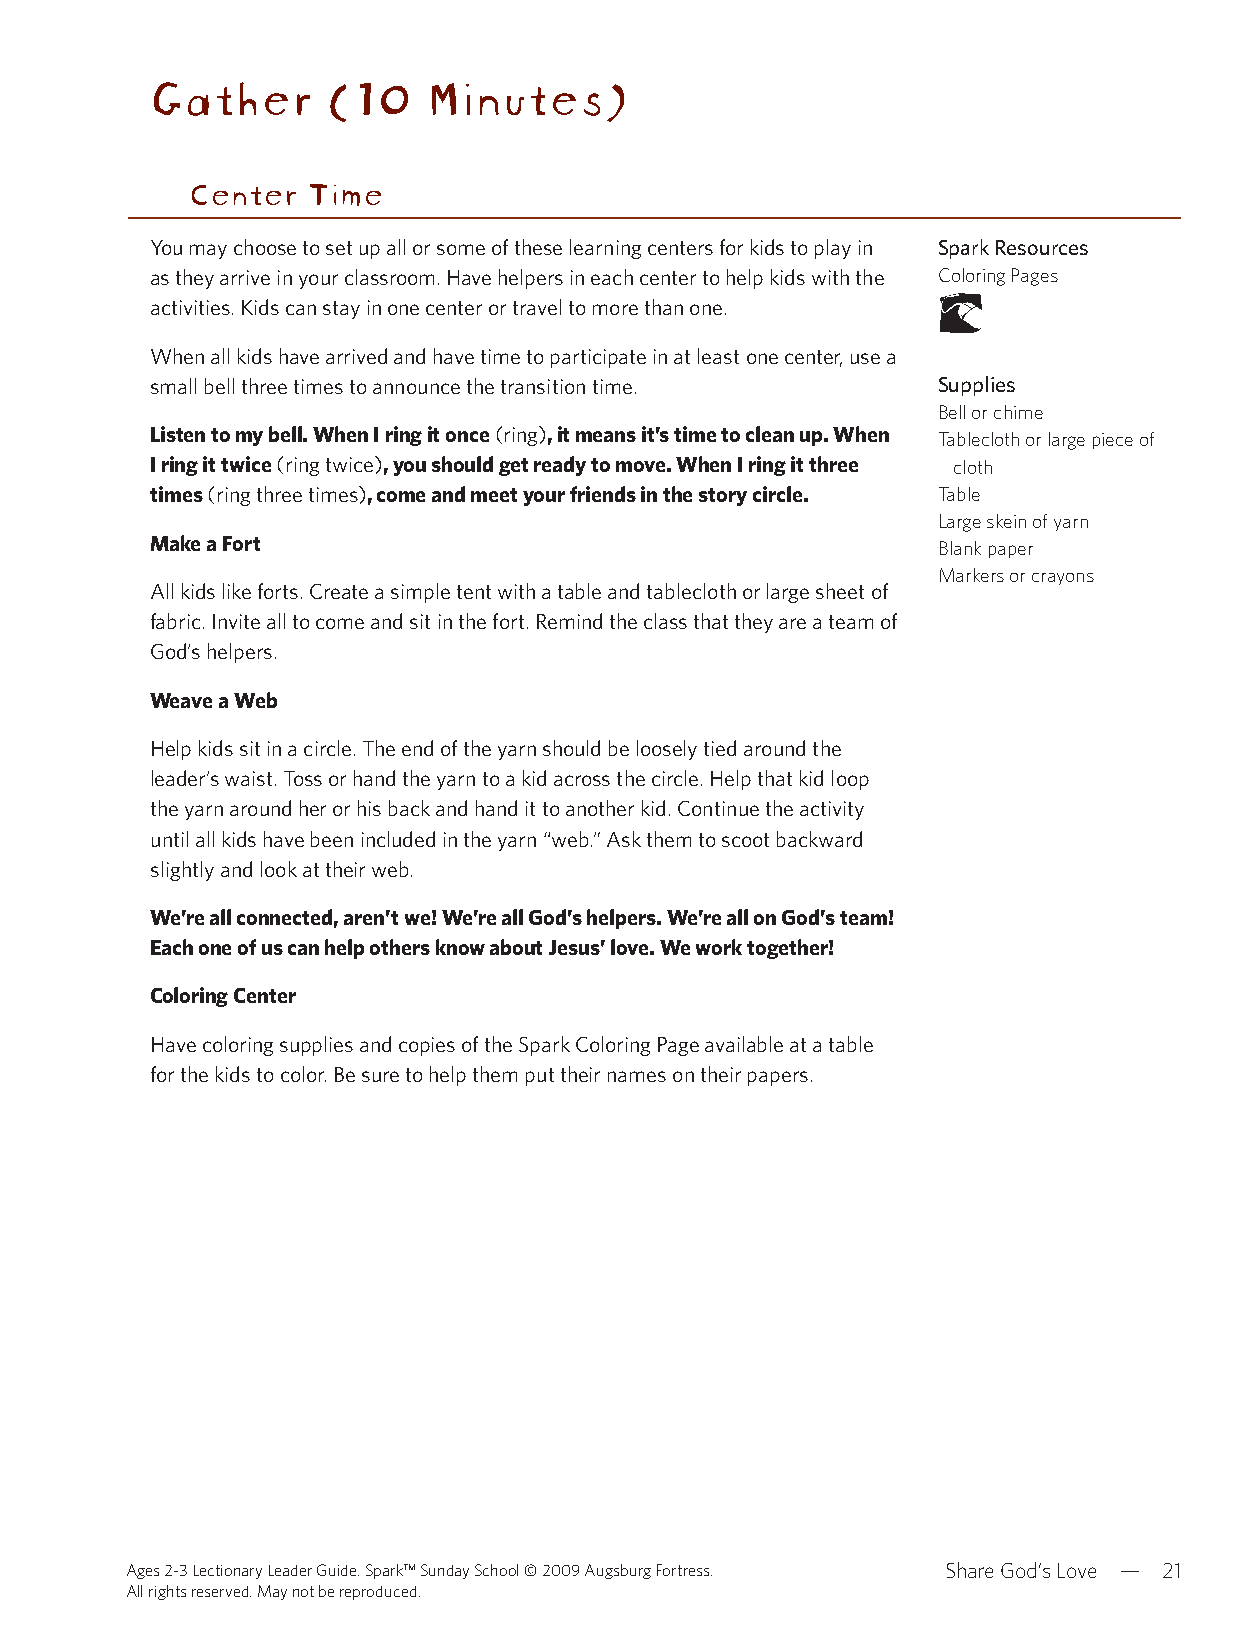
Gather      (10   Minutes)
 Center  Time
 You may choose to set up all or some of these learning centers for kids to play in Spark Resources
 as they arrive in your classroom. Have helpers in each center to help kids with the Coloring Pages
 activities. Kids can stay in one center or travel to more than one.
 When all kids have arrived and have time to participate in at least one center, use a
 small bell three times to announce the transition time. Supplies
 Bell or chime
 Listen to my bell. When I ring it once (ring), it means it’s time to clean up. When Tablecloth or large piece of
 I ring it twice (ring twice), you should get ready to move. When I ring it three cloth
 times (ring three times), come and meet your friends in the story circle. Table
 Large skein of yarn
 Make a Fort                                         Blank paper
 Markers or crayons
 All kids like forts. Create a simple tent with a table and tablecloth or large sheet of
 fabric. Invite all to come and sit in the fort. Remind the class that they are a team of
 God’s helpers.
 Weave a Web
 Help kids sit in a circle. The end of the yarn should be loosely tied around the
 leader’s waist. Toss or hand the yarn to a kid across the circle. Help that kid loop
 the yarn around her or his back and hand it to another kid. Continue the activity
 until all kids have been included in the yarn “web.” Ask them to scoot backward
 slightly and look at their web.
 We’re all connected, aren’t we! We’re all God’s helpers. We’re all on God’s team!
 Each one of us can help others know about Jesus’ love. We work together!
 Coloring Center
 Have coloring supplies and copies of the Spark Coloring Page available at a table
 for the kids to color. Be sure to help them put their names on their papers.
 Ages 2-3 Lectionary Leader Guide. Spark™ Sunday School © 2009 Augsburg Fortress. Share God’s Love — 21
 All rights reserved. May not be reproduced.